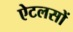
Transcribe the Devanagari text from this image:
ऐटलसों